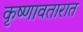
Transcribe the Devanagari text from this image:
कृष्णावतारात